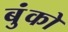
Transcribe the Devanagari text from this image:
बुंको